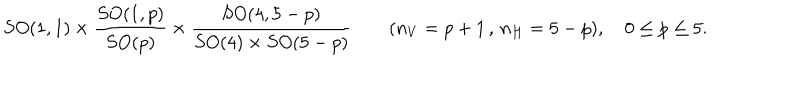
LaTeX: S O ( 1 , 1 ) \times \frac { S O ( 1 , p ) } { S O ( p ) } \times \frac { S O ( 4 , 5 - p ) } { S O ( 4 ) \times S O ( 5 - p ) } \qquad ( n _ { V } = p + 1 \, , \, n _ { H } = 5 - p ) , \quad 0 \leq p \leq 5 .